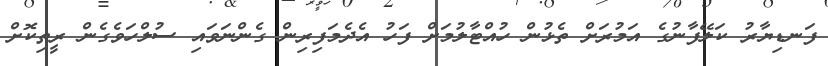
ފަނޑިޔާރު ކަލޭފާނުގެ އަމުރަށް ތެޅުން ހުއްޓާލުމަށް ފަހު އެދެމަފިރިން ގެންނަވައި ސުލްހަވެގެން ރީތިކޮށް